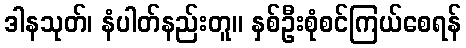
ဒါနသုတ်၊ နံပါတ်နည်းတူ။ နှစ်ဦးစုံစင်ကြယ်စေရန်